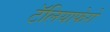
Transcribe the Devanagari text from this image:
टॅलियाफेरो